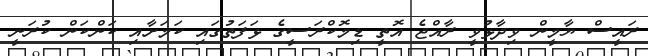
ރައީސް ޔާމީން ވިދާޅުވީ ރާއްޖެ އޮތީ ޑިމޮކްރަސީގެ ޅަފަތުގައި ކަމަށާއި ކަންކަން ކުރަނީ